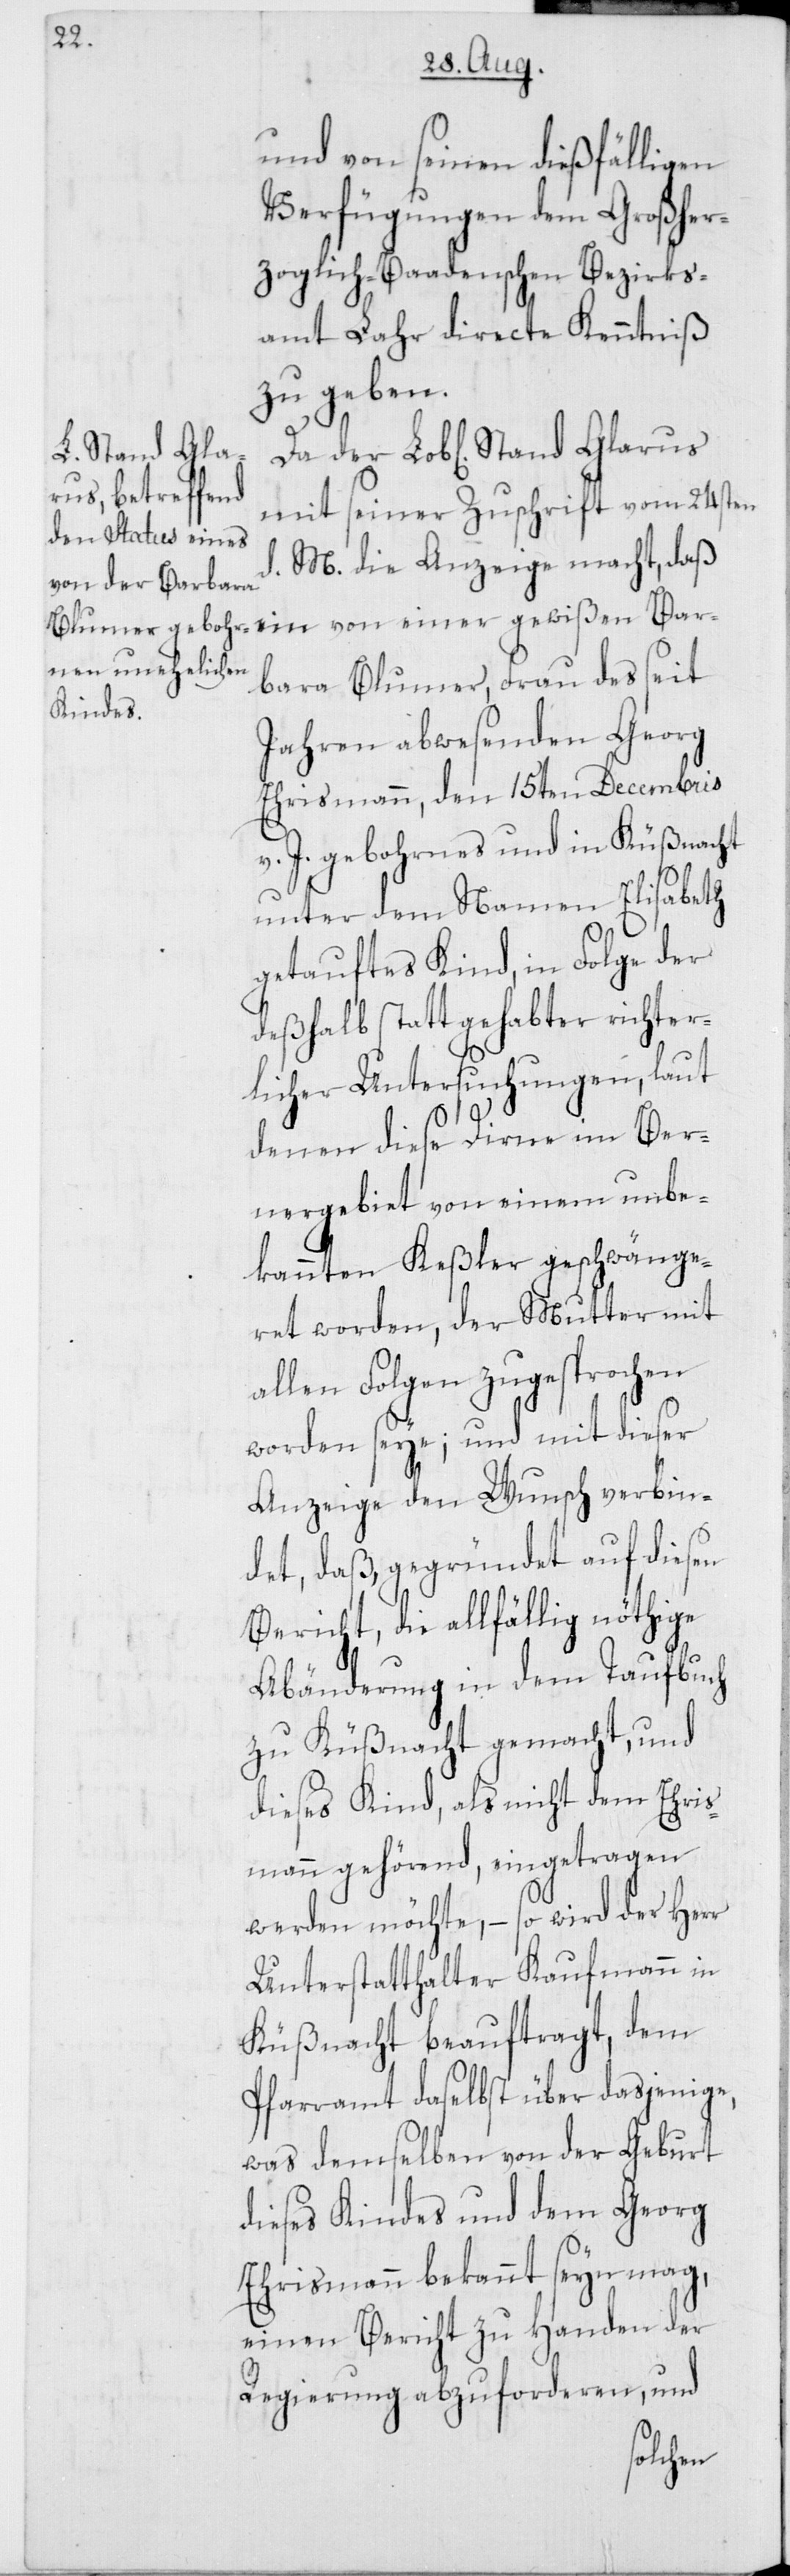
Bar¬

und von seinen dießfälligen
Verfügungen dem Großher¬
zoglich-Baadenschen Bezirks¬
amt Lahr directe Kenntniß
zu geben.
mit seiner Zuschrift vom 24sten
d. M. die Anzeige macht, daß
bara Blumer, Frau des seit
Jahren abwesenden Georg
Ehrismann, den 15ten Decembris
v. J. gebohrnes und in Küßnacht
unter dem Namen Elisabeth
getauftes Kind, in Folge der
deßhalb stattgehabter richter¬
licher Untersuchungen, laut
denen diese Dirne im Ber¬
nergebiet von einem unbe¬
kannten Keßler geschwänge¬
ret worden, der Mutter mit
allen Folgen zugesprochen
worden seye; und mit dieser
Anzeige den Wunsch verbin¬
det, daß gegründet auf diesen
Bericht, die allfählig nöthige
Abänderung in dem Taufbuch
zu Küßnacht gemacht, und
dieses Kind, als nicht dem Ehris¬
mann gehörend, eingetragen
werden möchte, – so wird der Herr
Unterstatthalter Kaufmann in
Küßnacht beauftragt, dem
Pfarramt daselbst über dasjenige,
was demselben von der Geburt
dieses Kindes und dem Georg
Ehrismann bekannt seyn mag,
einen Bericht zu Handen der
Regierung abzuforderen, und